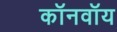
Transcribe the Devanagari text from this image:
कॉनवॉय